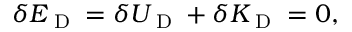
\delta E _ { \textrm { D } } = \delta U _ { \textrm { D } } + \delta K _ { \textrm { D } } = 0 ,